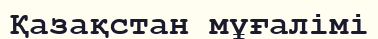
Қазақстан мұғалімі